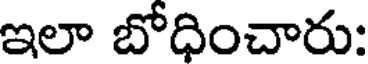
ఇలా బోధించారు: